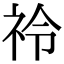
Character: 𮁣